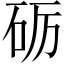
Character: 砺